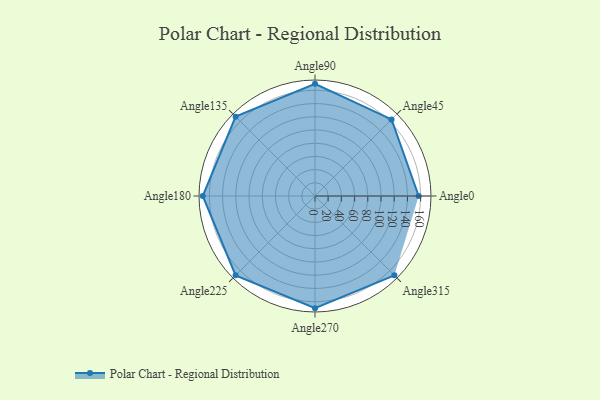
{"axis": {"x": "Angle", "y": "Radius"}, "legend": [""], "data": [{"x": "Angle0", "y": 157.0, "type": ""}, {"x": "Angle45", "y": 164.0, "type": ""}, {"x": "Angle90", "y": 170, "type": ""}, {"x": "Angle135", "y": 170, "type": ""}, {"x": "Angle180", "y": 170, "type": ""}, {"x": "Angle225", "y": 170, "type": ""}, {"x": "Angle270", "y": 170, "type": ""}, {"x": "Angle315", "y": 170, "type": ""}]}